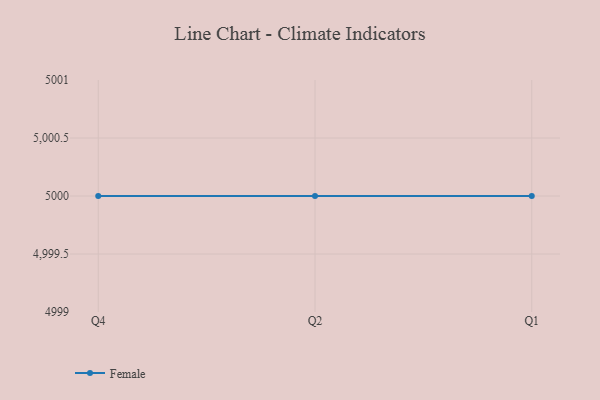
{"axis": {"x": "Quarter", "y": "Conversion Rate (%)"}, "legend": ["Female"], "data": [{"x": "Q4", "y": 5000, "type": "Female"}, {"x": "Q2", "y": 5000, "type": "Female"}, {"x": "Q1", "y": 5000, "type": "Female"}]}